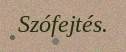
Szófejtés.